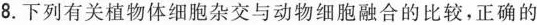
8.下列有关植物体细胞杂交与动物细胞融合的比较，正确的